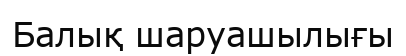
Балық шаруашылығы